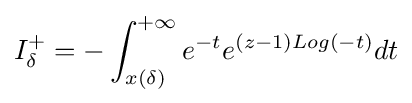
I_{\delta }^{+}=-\int _{x(\delta )}^{+\infty }e^{-t}e^{(z-1)Log(-t)}dt